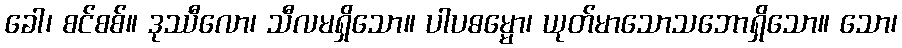
ခေါ၊ စင်စစ်။ ဒုဿီလော၊ သီလမရှိသော။ ပါပဓမ္မော၊ ယုတ်မာသောသဘောရှိသော။ သော၊